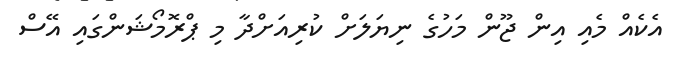
އެކެއް މެއި އިން ޖޫން މަހުގެ ނިޔަލަށް ކުރިއަށްދާ މި ޕްރޮމޯޝަންގައި އޭސް